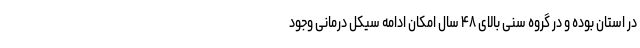
در استان بوده و در گروه سنی بالای ۴۸ سال امکان ادامه سیکل درمانی وجود